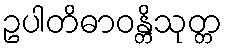
ဥပါတိဓာဝန္တိသုတ္တ